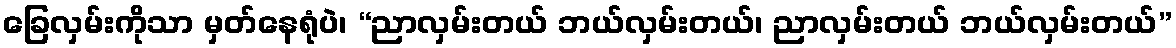
ခြေလှမ်းကိုသာ မှတ်နေရုံပဲ၊ “ညာလှမ်းတယ် ဘယ်လှမ်းတယ်၊ ညာလှမ်းတယ် ဘယ်လှမ်းတယ်”